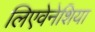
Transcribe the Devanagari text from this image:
लिएवेनेशिया